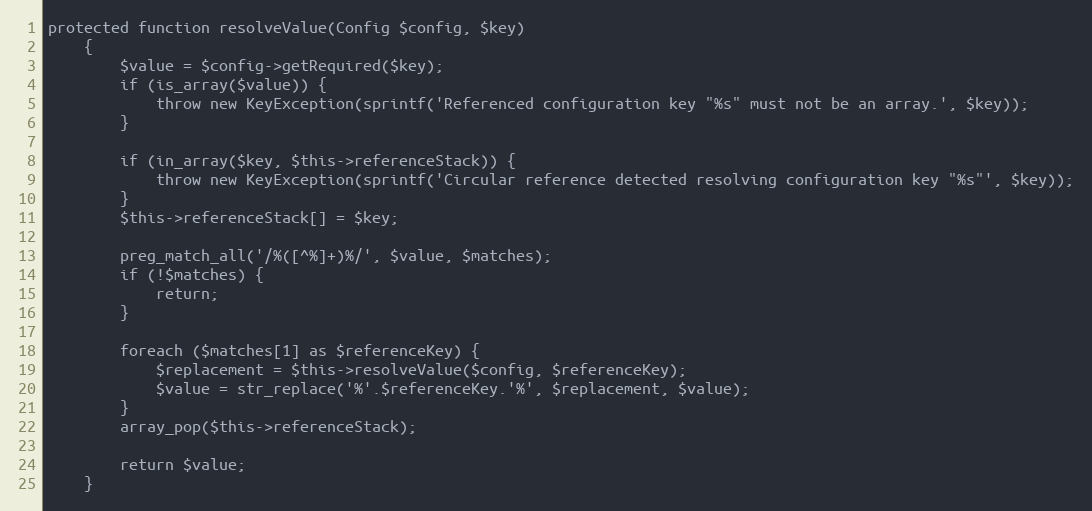
Language: PHP
protected function resolveValue(Config $config, $key)
    {
        $value = $config->getRequired($key);
        if (is_array($value)) {
            throw new KeyException(sprintf('Referenced configuration key "%s" must not be an array.', $key));
        }

        if (in_array($key, $this->referenceStack)) {
            throw new KeyException(sprintf('Circular reference detected resolving configuration key "%s"', $key));
        }
        $this->referenceStack[] = $key;

        preg_match_all('/%([^%]+)%/', $value, $matches);
        if (!$matches) {
            return;
        }

        foreach ($matches[1] as $referenceKey) {
            $replacement = $this->resolveValue($config, $referenceKey);
            $value = str_replace('%'.$referenceKey.'%', $replacement, $value);
        }
        array_pop($this->referenceStack);

        return $value;
    }